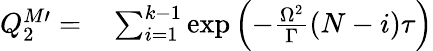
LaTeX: \begin{array}{rl}{Q_{2}^{M\prime}=}&{{}\sum_{i=1}^{k-1}\exp\left(-\frac{\Omega^{2}}{\Gamma}(N-i)\tau\right)}\end{array}